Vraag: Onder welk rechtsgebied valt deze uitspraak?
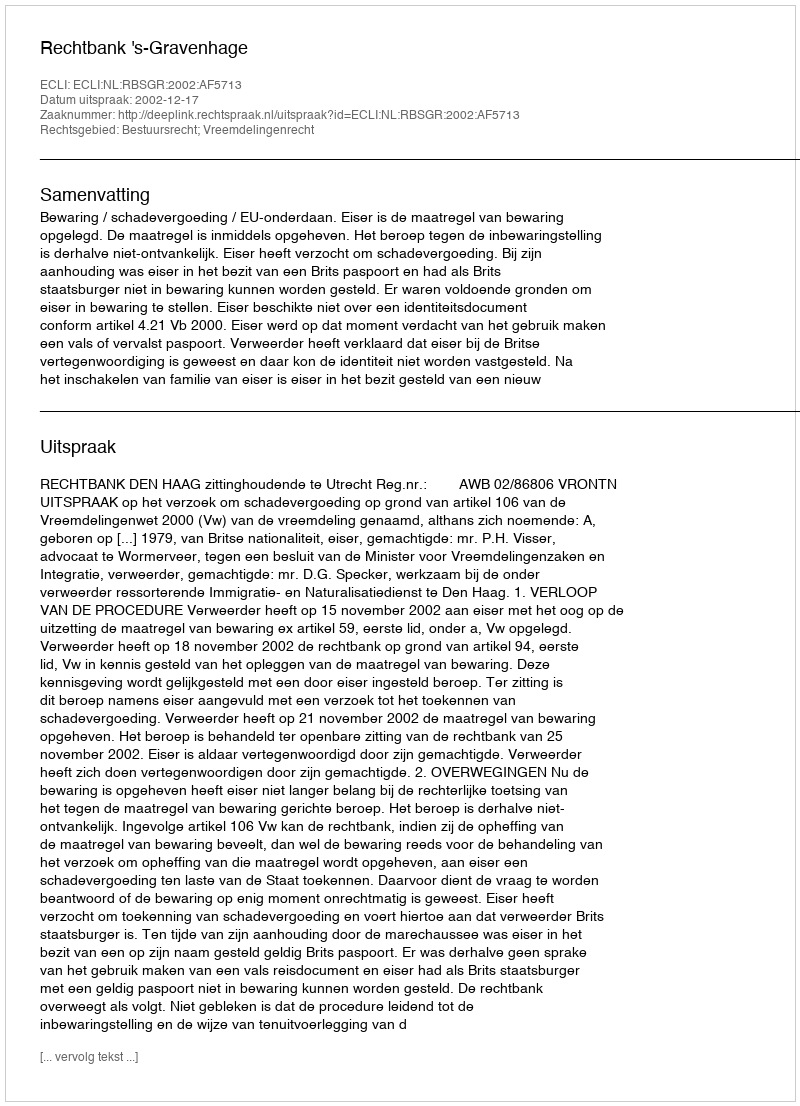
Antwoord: Bestuursrecht; Vreemdelingenrecht